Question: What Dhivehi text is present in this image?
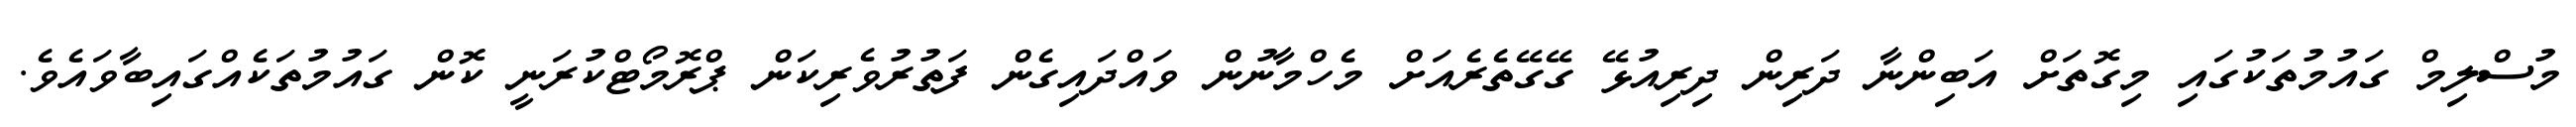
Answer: މުސްލިމް ގައުމުތަކުގައި މިގޮތަށް އަބިންނާ ދަރިން ދިރިއުޅޭ ގޭގޭތެރެއަށް މެހްމާނުން ވައްދައިގެން ފަތުރުވެރިކަން ޕްރޮމޯޓްކުރަނީ ކޮން ގައުމުތަކެއްގައިބާވައެވެ.